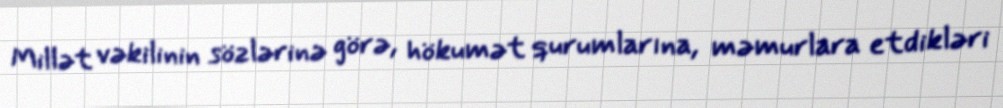
Millət vəkilinin sözlərinə görə, hökumət qurumlarına, məmurlara etdikləri